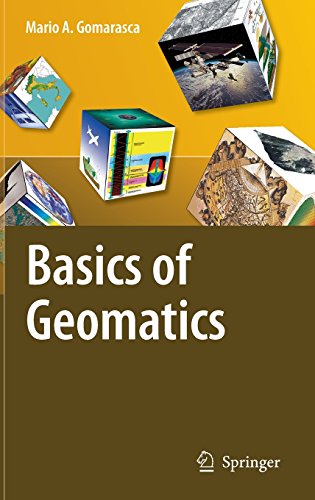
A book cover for Basics of Geomatics; Mario A. Gomarasca; Science & Math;